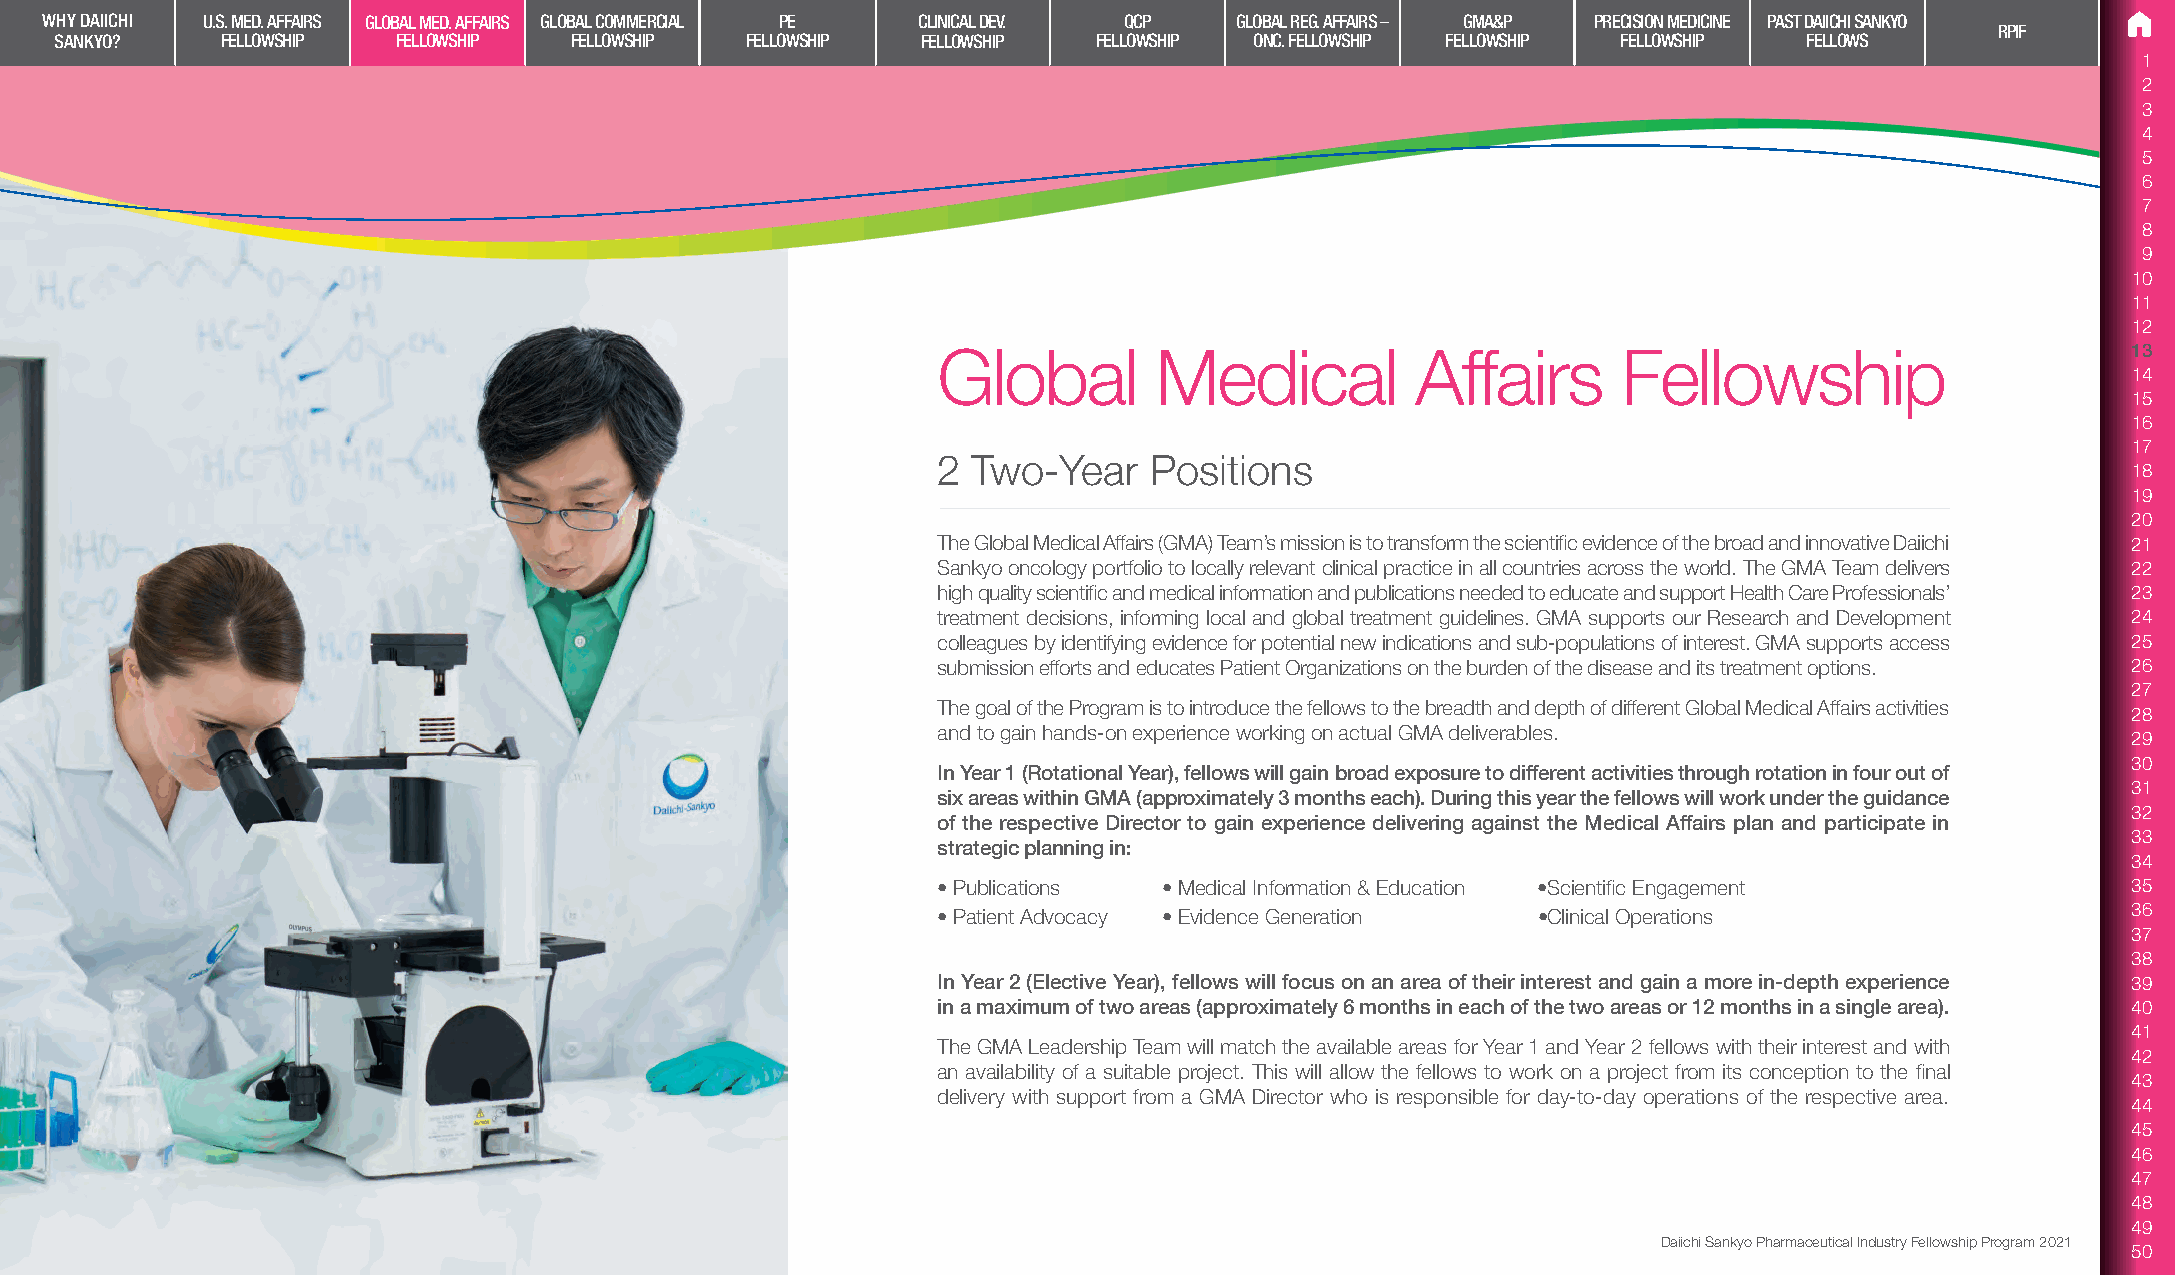
WHY DAIICHI U.S. MED. AFFAIRS GLOBAL MED. AFFAIRS GLOBAL COMMERCIAL PE CLINICAL DEV. QCP GLOBAL REG. AFFAIRS – GMA&P PRECISION MEDICINE PAST DAIICHI SANKYO
 RPIF
 SANKYO?    FELLOWSHIP FELLOWSHIP  FELLOWSHIP FELLOWSHIP  FELLOWSHIP  FELLOWSHIP ONC. FELLOWSHIP FELLOWSHIP FELLOWSHIP FELLOWS
 1
 2
 3
 4
 5
 6
 7
 8
 9
 10
 11
 12
 Global         Medical          Affairs      Fellowship                        13
 14
 15
 16
 17
 2 Two-Year    Positions
 18
 19
 20
 The Global Medical Affairs (GMA) Team’s mission is to transform the scientific evidence of the broad and innovative Daiichi 21
 Sankyo oncology portfolio to locally relevant clinical practice in all countries across the world. The GMA Team delivers 22
 high quality scientific and medical information and publications needed to educate and support Health Care Professionals’ 23
 treatment decisions, informing local and global treatment guidelines. GMA supports our Research and Development 24
 colleagues by identifying evidence for potential new indications and sub-populations of interest. GMA supports access 25
 submission efforts and educates Patient Organizations on the burden of the disease and its treatment options. 26
 27
 The goal of the Program is to introduce the fellows to the breadth and depth of different Global Medical Affairs activities
 28
 and to gain hands-on experience working on actual GMA deliverables.
 29
 30
 In Year 1 (Rotational Year), fellows will gain broad exposure to different activities through rotation in four out of
 31
 six areas within GMA (approximately 3 months each). During this year the fellows will work under the guidance
 32
 of the respective Director to gain experience delivering against the Medical Affairs plan and participate in
 33
 strategic planning in:
 34
 • Publications • Medical Information & Education •Scientific Engagement        35
 36
 • Patient Advocacy • Evidence Generation •Clinical Operations
 37
 38
 In Year 2 (Elective Year), fellows will focus on an area of their interest and gain a more in-depth experience 39
 in a maximum of two areas (approximately 6 months in each of the two areas or 12 months in a single area). 40
 41
 The GMA Leadership Team will match the available areas for Year 1 and Year 2 fellows with their interest and with
 42
 an availability of a suitable project. This will allow the fellows to work on a project from its conception to the final
 43
 delivery with support from a GMA Director who is responsible for day-to-day operations of the respective area.
 44
 45
 46
 47
 48
 49
 Daiichi Sankyo Pharmaceutical Industry Fellowship Program 2021
 50